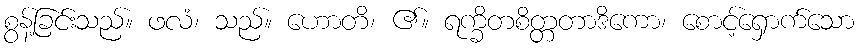
စွန့်ခြင်းသည်။ ဖလံ၊ သည်။ ဟောတိ၊ ၏။ ရက္ခိတစိတ္တတာဒိကော၊ စောင့်ရှောက်သော